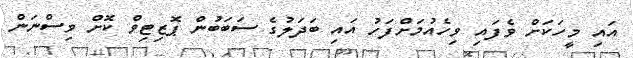
އައި މީހަކަށް ވެފައި ވިހެއުމަށްފަހު އައި ބަދަލުގެ ސަބަބުން ޕޮޒިޓިވް ކޮށް ވިސްނަން